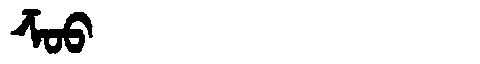
Manchu: ᡯᠣᠣ
Romanization: DZOO